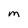
Character: M